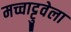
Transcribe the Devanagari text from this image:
मच्चाट्टुवेला